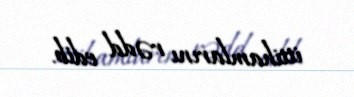
ittihamlarını rədd edib.